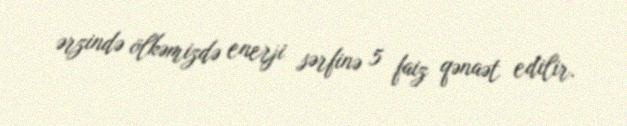
ərzində ölkəmizdə enerji sərfinə 5 faiz qənaət edilir.